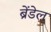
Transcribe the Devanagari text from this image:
ब्रेंडेल